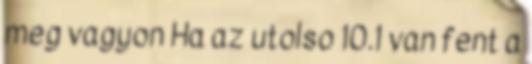
meg vagyon Ha az utolso 10.1 van fent a